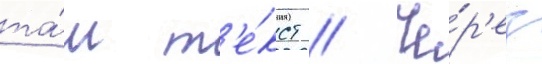
та́м т'е́кст // Че́р'ез